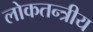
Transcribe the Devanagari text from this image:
लोकतन्त्रीय